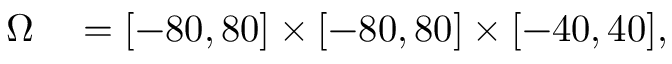
\begin{array} { r l } { \Omega } & { { } = [ - 8 0 , 8 0 ] \times [ - 8 0 , 8 0 ] \times [ - 4 0 , 4 0 ] , } \end{array}